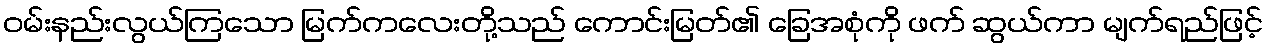
ဝမ်းနည်းလွယ်ကြသော မြက်ကလေးတို့သည် ကောင်းမြတ်၏ ခြေအစုံကို ဖက် ဆွယ်ကာ မျက်ရည်ဖြင့်